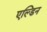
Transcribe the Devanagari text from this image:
एल्डिन